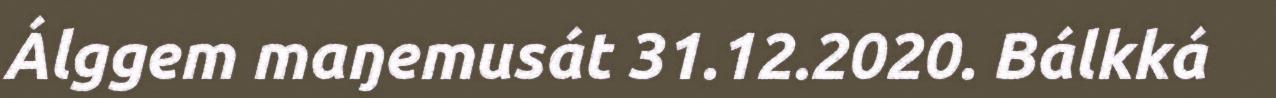
Álggem maŋemusát 31.12.2020. Bálkká